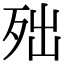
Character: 𣧪